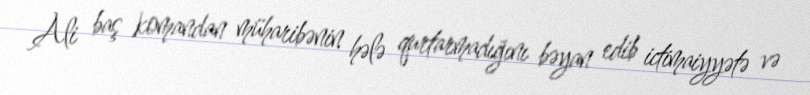
Ali baş komandan müharibənin hələ qurtarmadığını bəyan edib ictimaiyyətə və